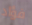
فؤاد